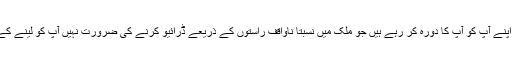
متبادل طور پر، آپ کسی تاکہ آپ کرایہ پر اپنے آپ کو آپ کا دورہ کر رہے ہیں جو ملک میں نسبتاً ناواقف راستوں کے ذریعے ڈرائیو کرنے کی ضرورت نہیں آپ کو لینے کے لئے بھیجنے کے لئے ہوٹل حاصل کریں ۔